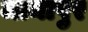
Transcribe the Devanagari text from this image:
जामापुर